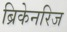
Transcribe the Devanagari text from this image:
ब्रिकेनरिज